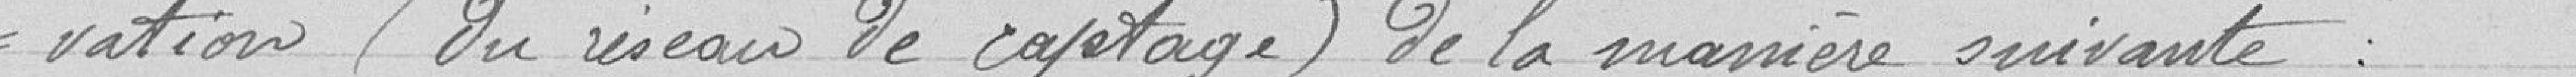
nation (du réseau de captage) de la manière suivante :